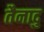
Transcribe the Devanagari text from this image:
तैनादु